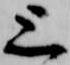
上